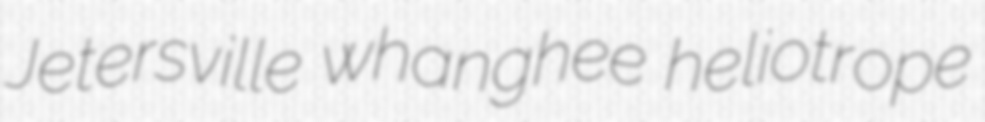
Jetersville whanghee heliotrope